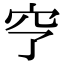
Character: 𥤣